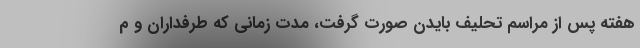
هفته پس از مراسم تحلیف بایدن صورت گرفت، مدت زمانی که طرفداران و م